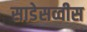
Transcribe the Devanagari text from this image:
साडेसव्वीस